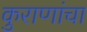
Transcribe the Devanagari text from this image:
कुराणांचा